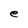
Character: e